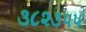
૩૮૨૩૫૫